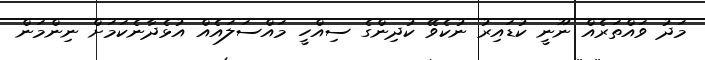
މަދު ވައްތަރެއް ނޫނީ ކުޑައިރު ނުކެވޭ ކުދިންގެ ސިއްހީ މައްސަލައެއް އުޅެދާނެކަމަށް ނިންމަން